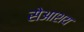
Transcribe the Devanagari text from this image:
सेआशय